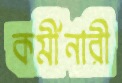
কর্মীনারী